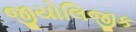
જીયોલિજીક